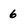
Character: 6